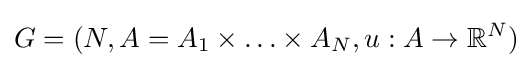
G=(N,A=A_{1}\times \ldots \times A_{N},u:A\rightarrow \mathbb {R} ^{N})